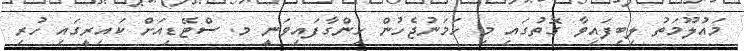
މައުލޫމަތު ލިބިފައިވާ ގޮތުގައި މި ހަމަނުޖެހުން ހިންގާފައިވަނީ މ. ސްޓޭޑިއަށް ކައިރީގައި ހުރި